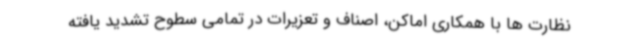
نظارت ها با همکاری اماکن، اصناف و تعزیرات در تمامی سطوح تشدید یافته